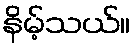
နိမ့်သယ်။